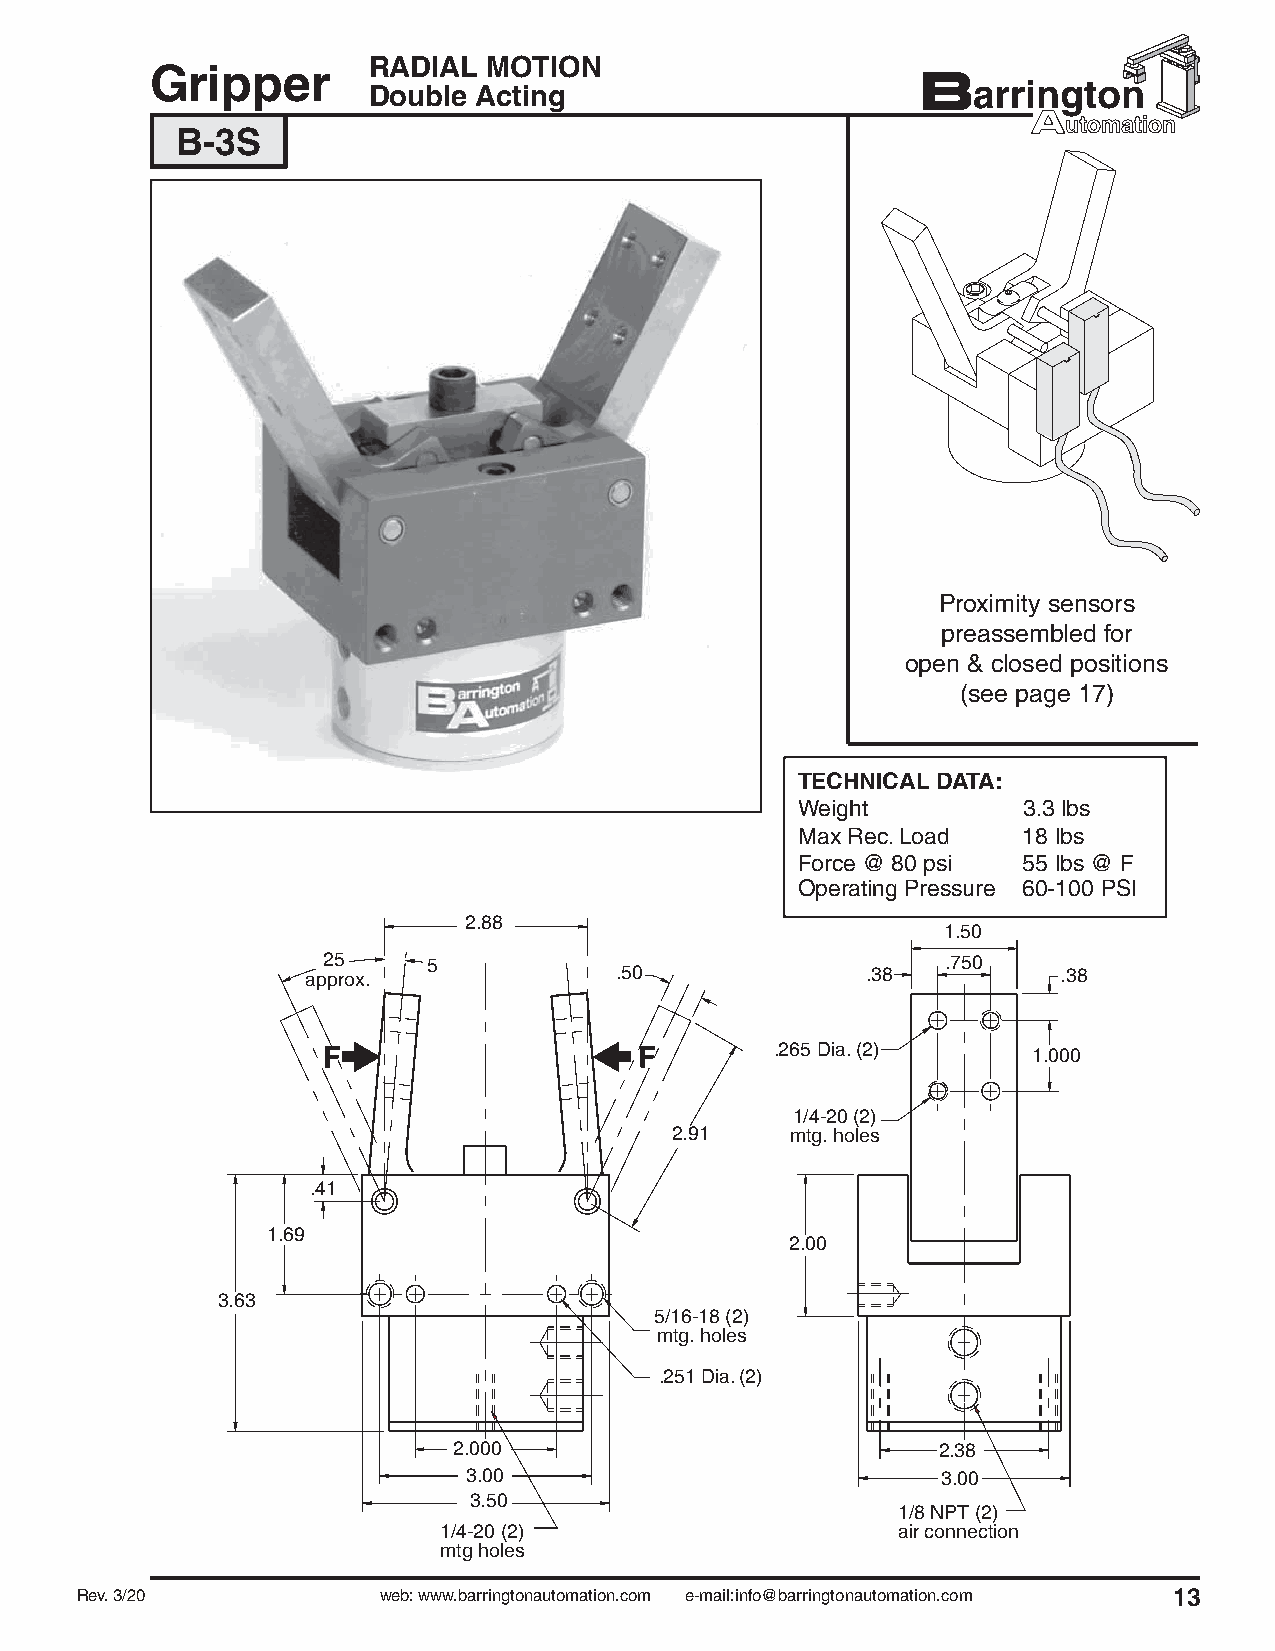
RADIAL  MOTION
 Gripper
 Double Acting
 B-3S
 Proximity sensors
 preassembled for
 open & closed positions
 (see page 17)
 TECHNICAL DATA:
 Weight         3.3 lbs
 Max Rec. Load  18 lbs
 Force @ 80 psi 55 lbs @ F
 Operating Pressure 60-100 PSI
 2.88
 1.50
 25     5                                  .750
 approx.              .50             .38          .38
 .265 Dia. (2)    1.000
 1/4-20 (2)
 2.91    mtg. holes
 .41
 1.69
 2.00
 3.63
 5/16-18 (2)
 mtg. holes
 .251 Dia. (2)
 2.000                           2.38
 3.00                           3.00
 3.50
 1/8 NPT (2)
 1/4-20 (2)                    air connection
 mtg holes
 Rev. 3/20           web: www.barringtonautomation.com e-mail:info@barringtonautomation.com 13